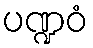
ပဏ္ဍဝံ